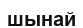
шынай